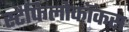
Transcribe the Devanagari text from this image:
स्टैफिलोकॉकस